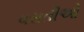
વસતીઓ